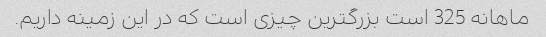
ماهانه 325 است بزرگترین چیزی است که در این زمینه داریم.